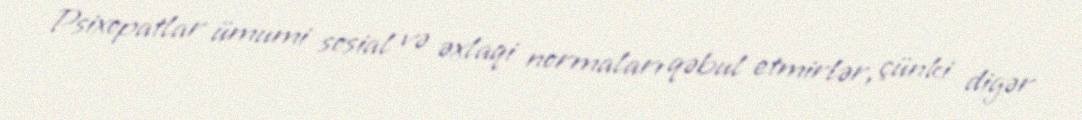
Psixopatlar ümumi sosial və əxlaqi normaları qəbul etmirlər, çünki digər